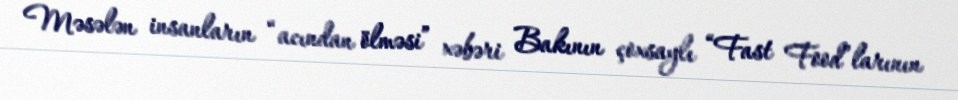
Məsələn insanların “acından ölməsi” xəbəri Bakının çoxsaylı “Fast Food”larının